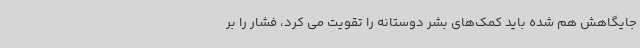
جایگاهش هم شده باید کمک‌های بشر دوستانه را تقویت می کرد، فشار را بر